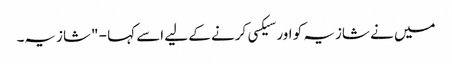
میں نے شازیہ کو اور سیکسی کرنے کے لیے اسے کہا - "شازیہ۔